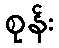
စုန်း